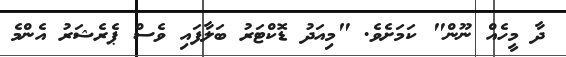
ދާ މީހެއް ނޫން" ކަމަށެވެ. "މިއަދު ޑޮކްޓަރު ބަލާފައި ވެސް ޕެރެޝަރު އެންމެ